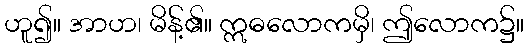
ဟူ၍။ အာဟ၊ မိန့်၏။ ဣဓလောကမှိ၊ ဤလောက၌။